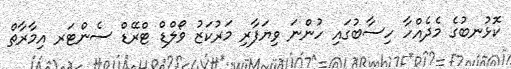
ކޮޅުނބުގެ މެދެއްހާ ހިސާބުގައި ހުންނަ ވިޔަފާރި މަރުކަޒު ވޯލްޑް ޓްރޭޑް ސެންޓަރ އިމާރާތް